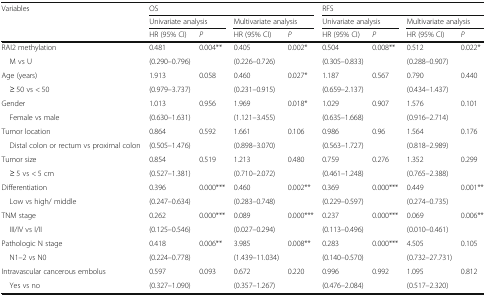
<table><thead><tr><td rowspan="3"><b>Variables</b></td><td colspan="4"><b>OS</b></td><td colspan="4"><b>RFS</b></td></tr><tr><td colspan="2"><b>Univariate analysis</b></td><td colspan="2"><b>Multivariate analysis</b></td><td colspan="2"><b>Univariate analysis</b></td><td colspan="2"><b>Multivariate analysis</b></td></tr><tr><td><b>HR (95% CI)</b></td><td><b><i>P</i></b></td><td><b>HR (95% CI)</b></td><td><b><i>P</i></b></td><td><b>HR (95% CI)</b></td><td><b><i>P</i></b></td><td><b>HR (95% CI)</b></td><td><b><i>P</i></b></td></tr></thead><tbody><tr><td>RAI2 methylation</td><td>0.481</td><td>0.004**</td><td>0.405</td><td>0.002*</td><td>0.504</td><td>0.008**</td><td>0.512</td><td>0.022*</td></tr><tr><td> M vs U</td><td>(0.290–0.796)</td><td></td><td>(0.226–0.726)</td><td></td><td>(0.305–0.833)</td><td></td><td>(0.288–0.907)</td><td></td></tr><tr><td>Age (years)</td><td>1.913</td><td>0.058</td><td>0.460</td><td>0.027*</td><td>1.187</td><td>0.567</td><td>0.790</td><td>0.440</td></tr><tr><td> ≥ 50 vs &lt; 50</td><td>(0.979–3.737)</td><td></td><td>(0.231–0.915)</td><td></td><td>(0.659–2.137)</td><td></td><td>(0.434–1.437)</td><td></td></tr><tr><td>Gender</td><td>1.013</td><td>0.956</td><td>1.969</td><td>0.018*</td><td>1.029</td><td>0.907</td><td>1.576</td><td>0.101</td></tr><tr><td> Female vs male</td><td>(0.630–1.631)</td><td></td><td>(1.121–3.455)</td><td></td><td>(0.635–1.668)</td><td></td><td>(0.916–2.714)</td><td></td></tr><tr><td>Tumor location</td><td>0.864</td><td>0.592</td><td>1.661</td><td>0.106</td><td>0.986</td><td>0.96</td><td>1.564</td><td>0.176</td></tr><tr><td> Distal colon or rectum vs proximal colon</td><td>(0.505–1.476)</td><td></td><td>(0.898–3.070)</td><td></td><td>(0.563–1.727)</td><td></td><td>(0.818–2.989)</td><td></td></tr><tr><td>Tumor size</td><td>0.854</td><td>0.519</td><td>1.213</td><td>0.480</td><td>0.759</td><td>0.276</td><td>1.352</td><td>0.299</td></tr><tr><td> ≥ 5 vs &lt; 5 cm</td><td>(0.527–1.381)</td><td></td><td>(0.710–2.072)</td><td></td><td>(0.461–1.248)</td><td></td><td>(0.765–2.388)</td><td></td></tr><tr><td>Differentiation</td><td>0.396</td><td>0.000***</td><td>0.460</td><td>0.002**</td><td>0.369</td><td>0.000***</td><td>0.449</td><td>0.001**</td></tr><tr><td> Low vs high/ middle</td><td>(0.247–0.634)</td><td></td><td>(0.283–0.748)</td><td></td><td>(0.229–0.597)</td><td></td><td>(0.274–0.735)</td><td></td></tr><tr><td>TNM stage</td><td>0.262</td><td rowspan="2">0.000***</td><td>0.089</td><td rowspan="2">0.000***</td><td>0.237</td><td rowspan="2">0.000***</td><td>0.069</td><td rowspan="2">0.006**</td></tr><tr><td> III/IV vs I/II</td><td>(0.125–0.546)</td><td>(0.027–0.294)</td><td>(0.113–0.496)</td><td>(0.010–0.461)</td></tr><tr><td>Pathologic N stage</td><td>0.418</td><td>0.006**</td><td>3.985</td><td>0.008**</td><td>0.283</td><td>0.000***</td><td>4.505</td><td>0.105</td></tr><tr><td> N1–2 vs N0</td><td>(0.224–0.778)</td><td></td><td>(1.439–11.034)</td><td></td><td>(0.140–0.570)</td><td></td><td>(0.732–27.731)</td><td></td></tr><tr><td>Intravascular cancerous embolus</td><td>0.597</td><td>0.093</td><td>0.672</td><td>0.220</td><td>0.996</td><td>0.992</td><td>1.095</td><td>0.812</td></tr><tr><td> Yes vs no</td><td>(0.327–1.090)</td><td></td><td>(0.357–1.267)</td><td></td><td>(0.476–2.084)</td><td></td><td>(0.517–2.320)</td><td></td></tr></tbody></table>